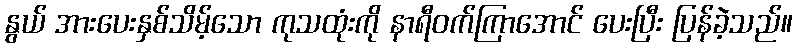
နွယ် အားပေးနှစ်သိမ့်သော ကုသထုံးကို နာရီဝက်ကြာအောင် ပေးပြီး ပြန်ခဲ့သည်။